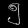
Digit: ၅